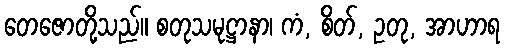
တေဇောတို့သည်။ စတုသမုဋ္ဌာနာ၊ ကံ, စိတ်, ဥတု, အာဟာရ